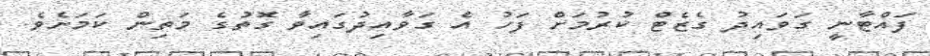
ފައްޓާނީ ގަވައިދު ގެޒެޓް ކުރުމަށް ފަހު އެ ގަވާއިދުގައިވާ ގޮތުގެ މަތިން ކަމަށެވެ.